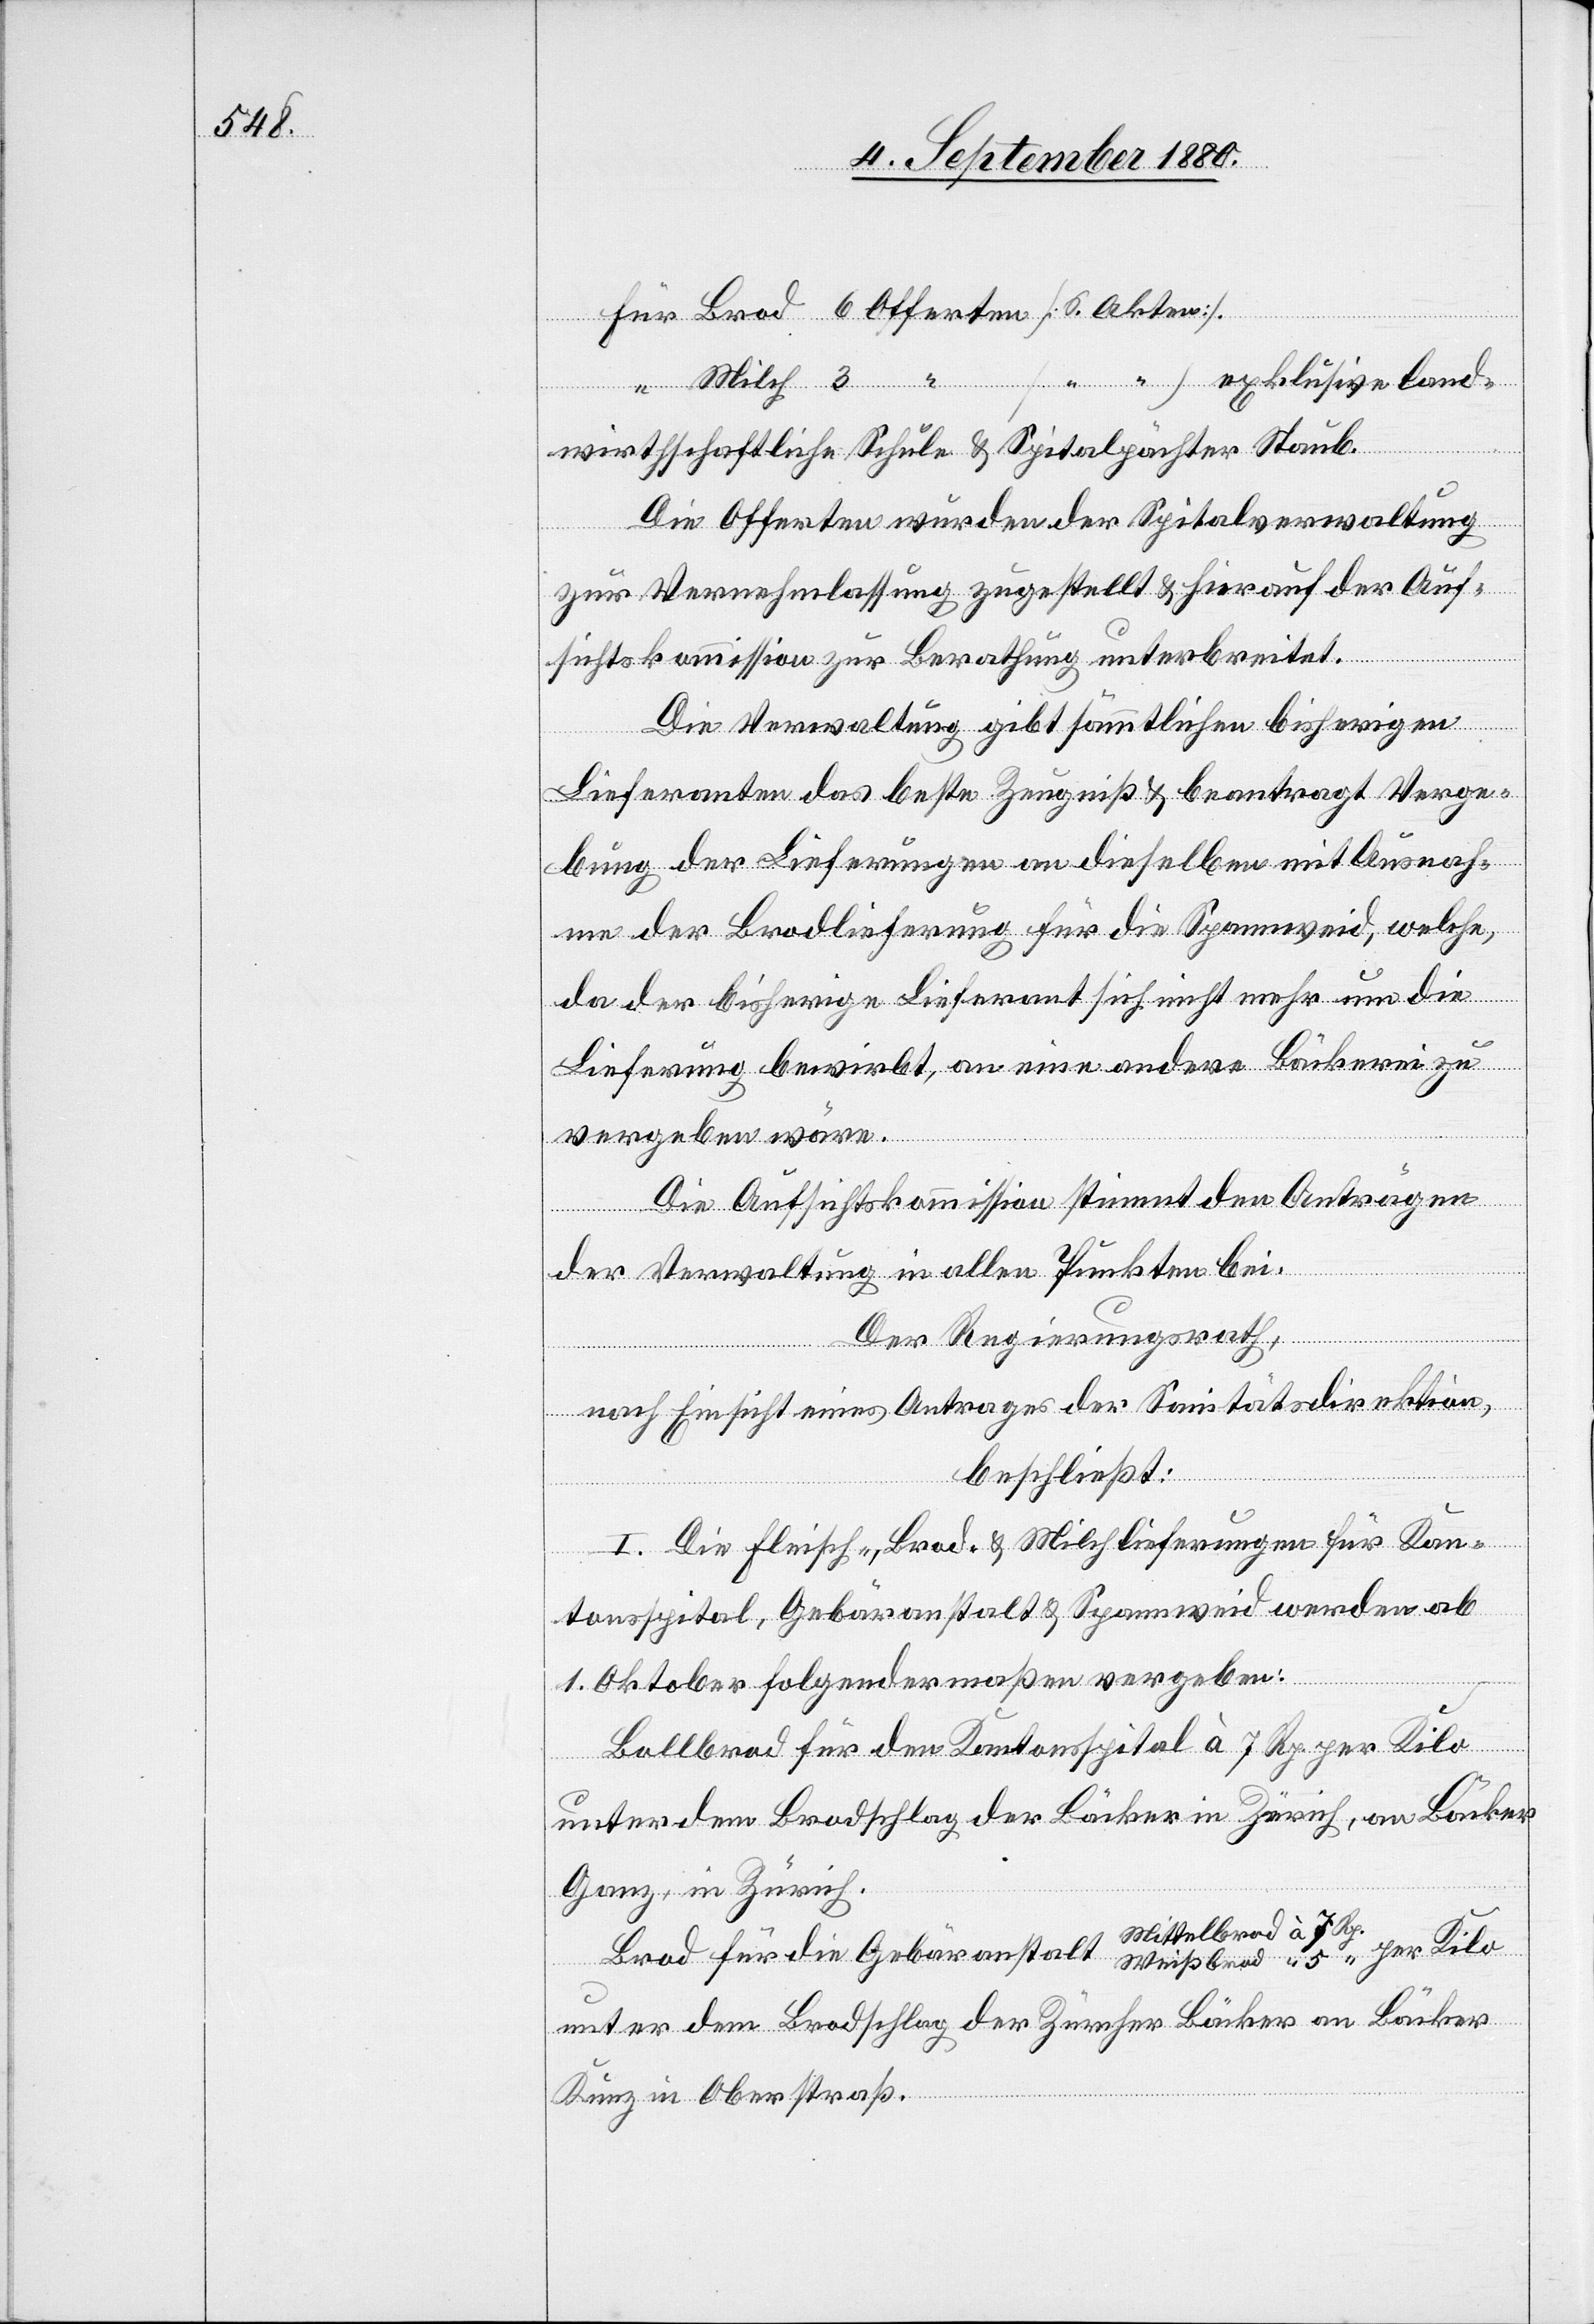
exklusive land¬
wirthschafltiche Schule & Spitalpächter Staub.
Die Offerten wurden der Spitalverwaltung
zur Vernehmlassung zugestellt & hierauf der Auf¬
sichtskommission zur Berathung unterbreitet.
Die Verwaltung gibt sämmtlichen bisherigen
Lieferanten das beste Zeugniß & beantragt Verge¬
bung der Lieferungen an dieselben mit Ausnah¬
me der Brodlieferung für die Spannweid, welche
die
da der bisherige Lieferant sich nicht mehr um die
Lieferung bewirbt, an eine andere Bäckerei zu
per Kilo
vergeben wäre.
Die Aufsichtskommission stimmt den Anträgen
der Verwaltung in allen Punkten bei.
Der Regierungsrath,
nach Einsicht eines Antrages der Sanitätsdirektion,
beschließt:
I. Die Fleisch-, Brod- & Milchlieferungen für Kan¬
tonsspital, Gebäranstalt & Spannweid werden ab
1. Oktober folgendermaßen vergeben:
Bollbrod für den Kantonsspital à 7 Rp. per Kilo
unter dem Brodschlag der Bäcker in Zürich, an Bäcker
Ganz, in Zürich.
Mittelbrod à 7 Rp.
unter dem Brodschlag der Zürcher Bäcker an Bäcker
Kunz in Oberstraß.